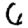
Digit: 6